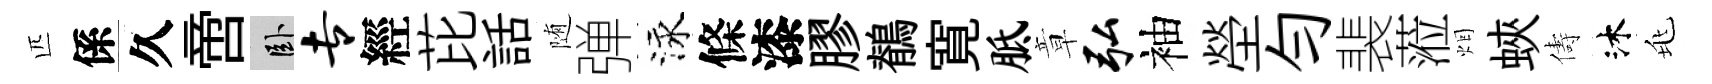
匹係久啻卧专經芘話随弹泳條漆膠鶺寛胝章弘袖塋勻裴蒞烟蛺儔沐兆